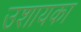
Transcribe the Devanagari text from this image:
उशायका